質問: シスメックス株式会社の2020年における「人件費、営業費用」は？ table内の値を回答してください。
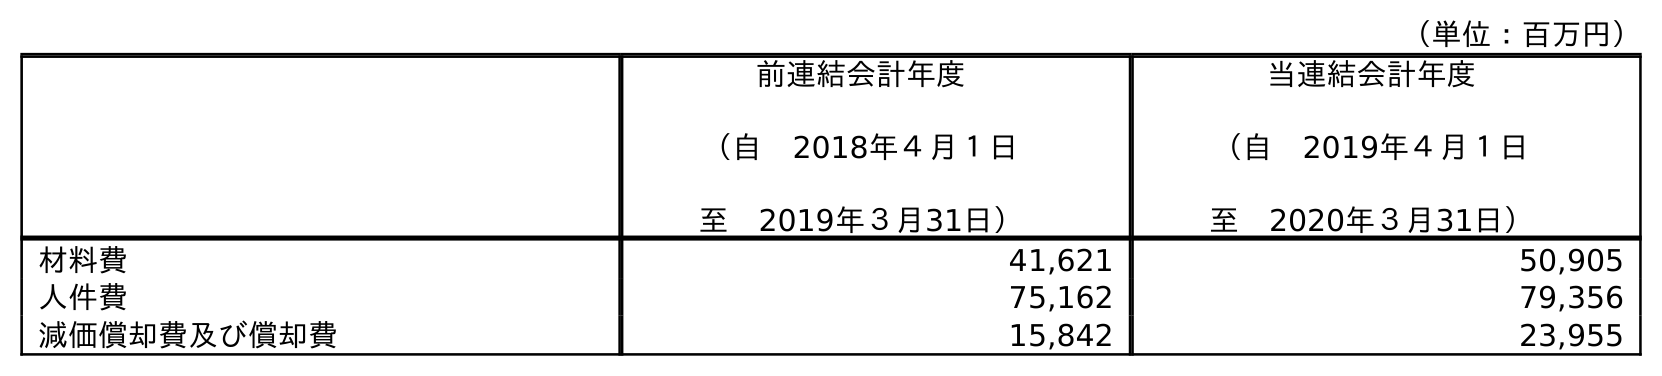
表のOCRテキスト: （単位：百万円） 前連結会計年度 （自 2018年４月１日 至 2019年３月31日） 当連結会計年度 （自 2019年４月１日 至 2020年３月31日） 材料費 41,621 50,905 人件費 75,162 79,356 減価償却費及び償却費 15,842 23,955
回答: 79,356